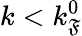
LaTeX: k<k_{\mathfrak{F}}^{0}